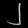
Digit: ၂